画像に写った文字を読んでください
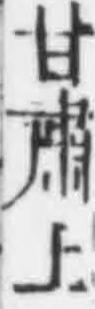
「甘肅上」と書いてあります